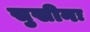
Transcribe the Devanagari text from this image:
सुखीनः